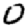
Digit: 0